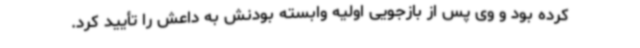
کرده بود و وی پس از بازجویی اولیه وابسته بودنش به داعش را تأیید کرد.